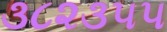
૩૮૨૩૫૫